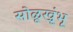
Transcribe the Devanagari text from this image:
सोळूखूंभू